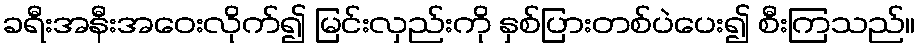
ခရီးအနီးအဝေးလိုက်၍ မြင်းလှည်းကို နှစ်ပြားတစ်ပဲပေး၍ စီးကြသည်။